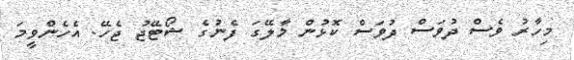
މިހާރު ވެސް ދުވަސް ދުވަސް ކޮޅުން މާލޭގަ ފެނުގެ ޝޯޓޭޖު ޖެހޭ. އެހެންވީމަ